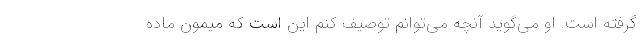
گرفته است. او می‌گوید آنچه می‌توانم توصیف کنم این است که میمون ماده